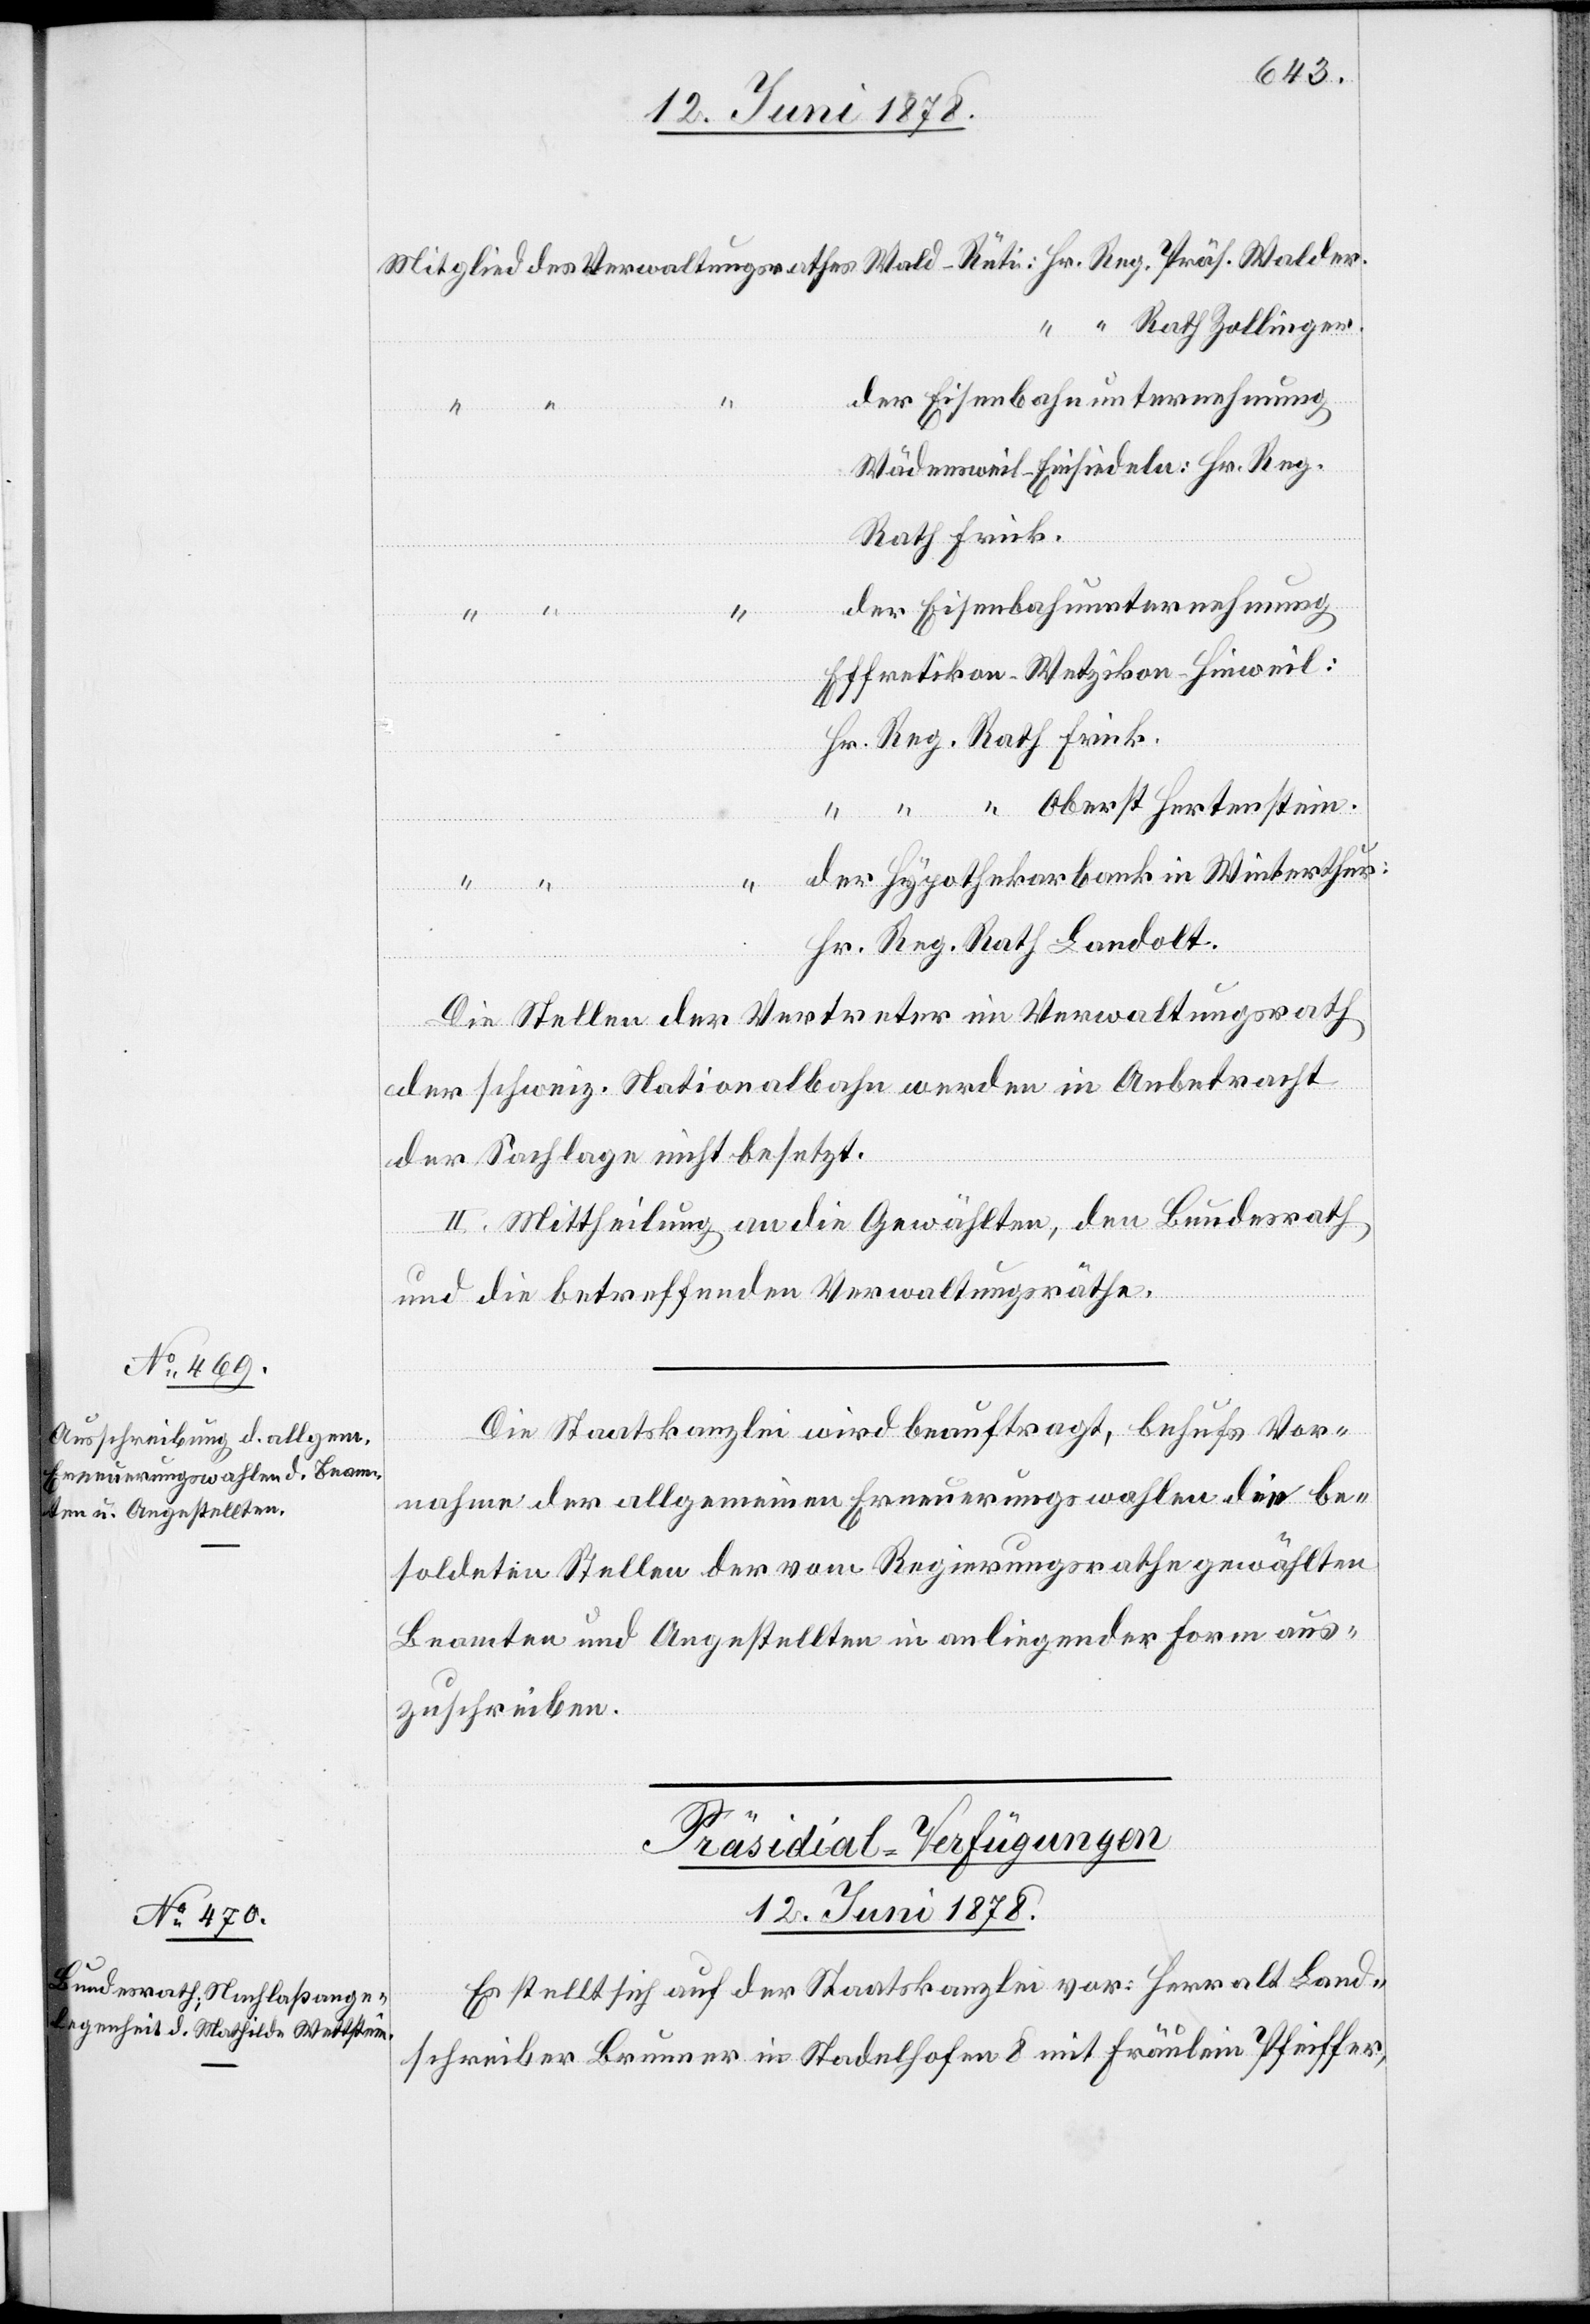
Mitglied des Verwaltungsrathes Wald–Rüti: Hr. Reg. Präs. Walder.
“ “ Rath Zollinger.
der Eisenbahnunternehmung
Effretikon–Wetzikon–Hinweil:
Hr. Reg. Rath Frick.
“ “ Oberst Hertenstein.
der Hypothekarbank in Winterthur:
l–Einsiedeln:
Hr. Reg. Rath Landolt.
Die Stellen der Vertreter im Verwaltungsrath
der schweiz. Nationalbahn werden in Anbetracht
der Sachlage nicht besetzt.
II. Mittheilung an die Gewählten, den Bundesrath
und die betreffenden Verwaltungsräthe.
Die Staatskanzlei wird beauftragt, behufs Vor¬
nahme der allgemeinen Erneuerungswahlen die be¬
soldeten Stellen der vom Regierungsrathe gewählten
Beamten und Angestellten in anliegender Form aus¬
zuschreiben.
Präsidial-Verfügungen
12. Juni 1878.
Es stellt sich auf der Staatskanzlei vor: Herr alt Land¬
schreiber Brunner in Stadelhofen 8 mit Fräulein Pfeiffer,